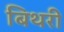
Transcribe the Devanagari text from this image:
बिथरी